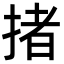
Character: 㨋